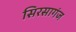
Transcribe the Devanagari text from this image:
सिरसागंज